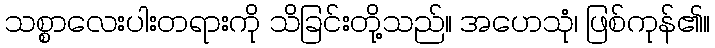
သစ္စာလေးပါးတရားကို သိခြင်းတို့သည်။ အဟေသုံ၊ ဖြစ်ကုန်၏။